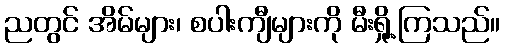
ညတွင် အိမ်များ၊ စပါးကျီများကို မီးရှို့ကြသည်။